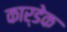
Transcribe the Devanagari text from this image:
कार्डेक